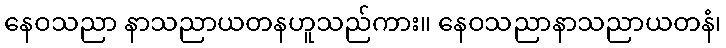
နေဝသညာ နာသညာယတနဟူသည်ကား။ နေဝသညာနာသညာယတနံ၊